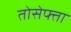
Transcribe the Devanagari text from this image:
तोसेफ्ता